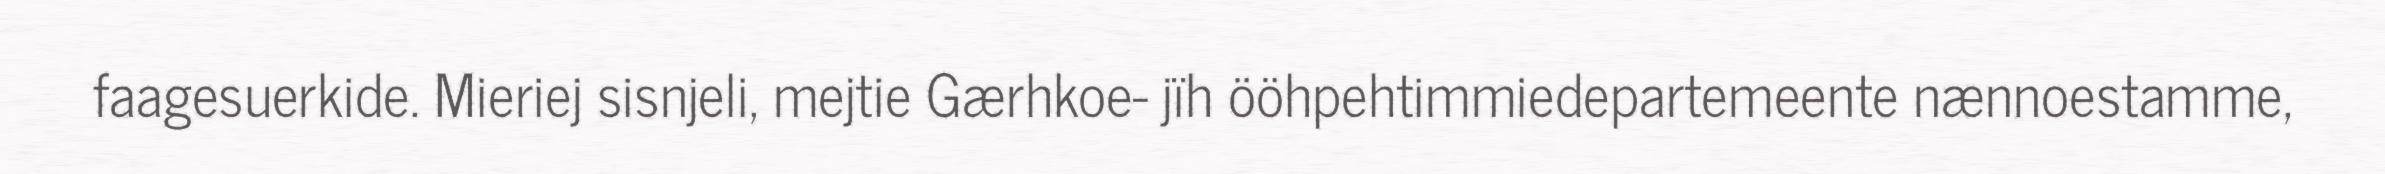
faagesuerkide. Mieriej sisnjeli, mejtie Gærhkoe- jïh ööhpehtimmiedepartemeente nænnoestamme,